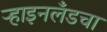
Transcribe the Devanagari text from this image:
ऱ्हाइनलँडचा